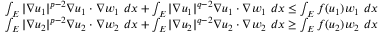
\begin{array} { r } { \int _ { E } | \nabla u _ { 1 } | ^ { p - 2 } \nabla u _ { 1 } \cdot \nabla w _ { 1 } \ d x + \int _ { E } | \nabla u _ { 1 } | ^ { q - 2 } \nabla u _ { 1 } \cdot \nabla w _ { 1 } \ d x \leq \int _ { E } f ( u _ { 1 } ) w _ { 1 } \ d x } \\ { \int _ { E } | \nabla u _ { 2 } | ^ { p - 2 } \nabla u _ { 2 } \cdot \nabla w _ { 2 } \ d x + \int _ { E } | \nabla u _ { 2 } | ^ { q - 2 } \nabla u _ { 2 } \cdot \nabla w _ { 2 } \ d x \geq \int _ { E } f ( u _ { 2 } ) w _ { 2 } \ d x } \end{array}